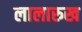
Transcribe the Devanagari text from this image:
लालारुख